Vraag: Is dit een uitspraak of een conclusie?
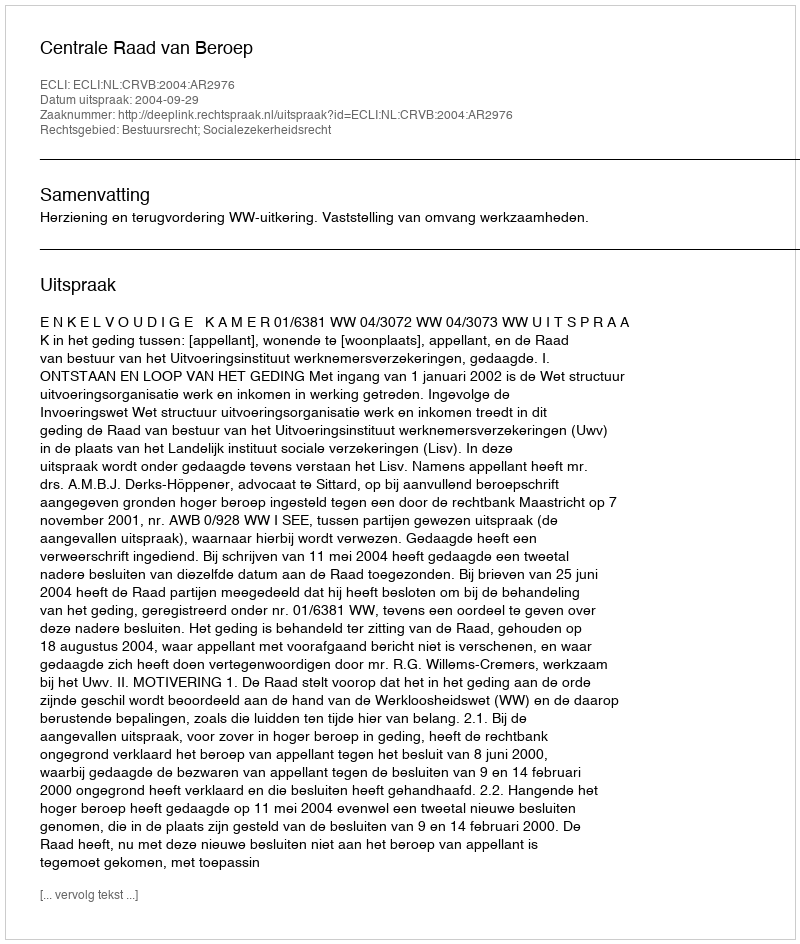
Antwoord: Uitspraak